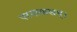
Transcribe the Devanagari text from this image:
परमायासम्‌।